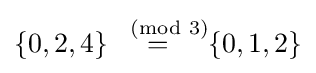
\{0,2,4\}{\stackrel {\pmod {3}}{=}}\{0,1,2\}